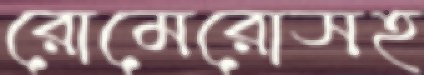
রোমেরোসহ